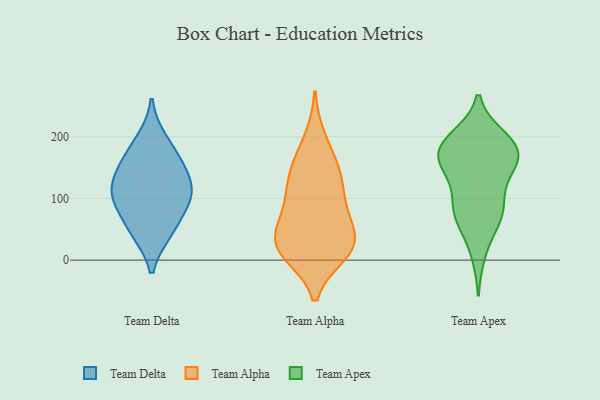
{"axis": {"x": "Production Output", "y": "Value"}, "legend": ["Team Alpha", "Team Apex", "Team Delta"], "data": [{"x": "", "y": 47, "type": "Team Delta"}, {"x": "", "y": 99, "type": "Team Delta"}, {"x": "", "y": 125, "type": "Team Delta"}, {"x": "", "y": 90, "type": "Team Delta"}, {"x": "", "y": 162, "type": "Team Delta"}, {"x": "", "y": 45, "type": "Team Delta"}, {"x": "", "y": 196, "type": "Team Delta"}, {"x": "", "y": 126, "type": "Team Delta"}, {"x": "", "y": 101, "type": "Team Delta"}, {"x": "", "y": 159, "type": "Team Delta"}, {"x": "", "y": 24, "type": "Team Alpha"}, {"x": "", "y": 139, "type": "Team Alpha"}, {"x": "", "y": 150, "type": "Team Alpha"}, {"x": "", "y": 81, "type": "Team Alpha"}, {"x": "", "y": 50, "type": "Team Alpha"}, {"x": "", "y": 197, "type": "Team Alpha"}, {"x": "", "y": 32, "type": "Team Alpha"}, {"x": "", "y": 93, "type": "Team Alpha"}, {"x": "", "y": 146, "type": "Team Alpha"}, {"x": "", "y": 18, "type": "Team Alpha"}, {"x": "", "y": 13, "type": "Team Alpha"}, {"x": "", "y": 35, "type": "Team Alpha"}, {"x": "", "y": 11, "type": "Team Alpha"}, {"x": "", "y": 103, "type": "Team Alpha"}, {"x": "", "y": 11, "type": "Team Apex"}, {"x": "", "y": 150, "type": "Team Apex"}, {"x": "", "y": 199, "type": "Team Apex"}, {"x": "", "y": 74, "type": "Team Apex"}, {"x": "", "y": 173, "type": "Team Apex"}, {"x": "", "y": 187, "type": "Team Apex"}, {"x": "", "y": 193, "type": "Team Apex"}, {"x": "", "y": 152, "type": "Team Apex"}, {"x": "", "y": 169, "type": "Team Apex"}, {"x": "", "y": 195, "type": "Team Apex"}, {"x": "", "y": 74, "type": "Team Apex"}, {"x": "", "y": 120, "type": "Team Apex"}, {"x": "", "y": 81, "type": "Team Apex"}, {"x": "", "y": 94, "type": "Team Apex"}, {"x": "", "y": 165, "type": "Team Apex"}, {"x": "", "y": 60, "type": "Team Apex"}, {"x": "", "y": 162, "type": "Team Apex"}]}